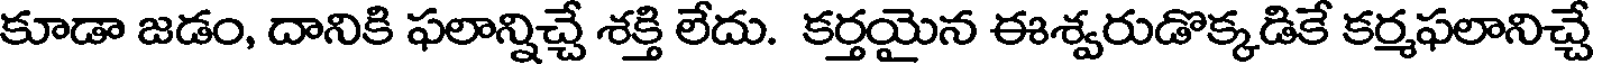
కూడా జడం, దానికి ఫలాన్నిచ్చే శక్తి లేదు. కర్తయైన ఈశ్వరుడొక్కడికే కర్మఫలానిచ్చే